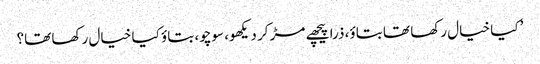
’ کیا خیال رکھا تھا بتاؤ، ذرا پیچھے مڑ کر دیکھو، سوچو، بتاؤ کیا خیال رکھا تھا؟